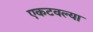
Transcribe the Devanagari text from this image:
एकटवल्या